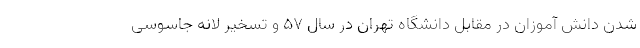
شدن دانش آموزان در مقابل دانشگاه تهران در سال ۵۷ و تسخیر لانه جاسوسی